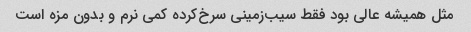
مثل همیشه عالی بود فقط سیب‌زمینی سرخ‌کرده کمی نرم و بدون مزه است